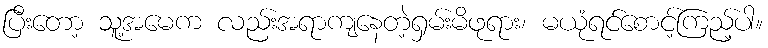
ပြီးတော့ သူ့အမေက လည်းအရာကျနေတဲ့ရှမ်းမိဖုရား၊ မယုံရင်စောင့်ကြည့်ပါ။